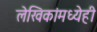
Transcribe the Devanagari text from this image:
लेखिकांमध्येही